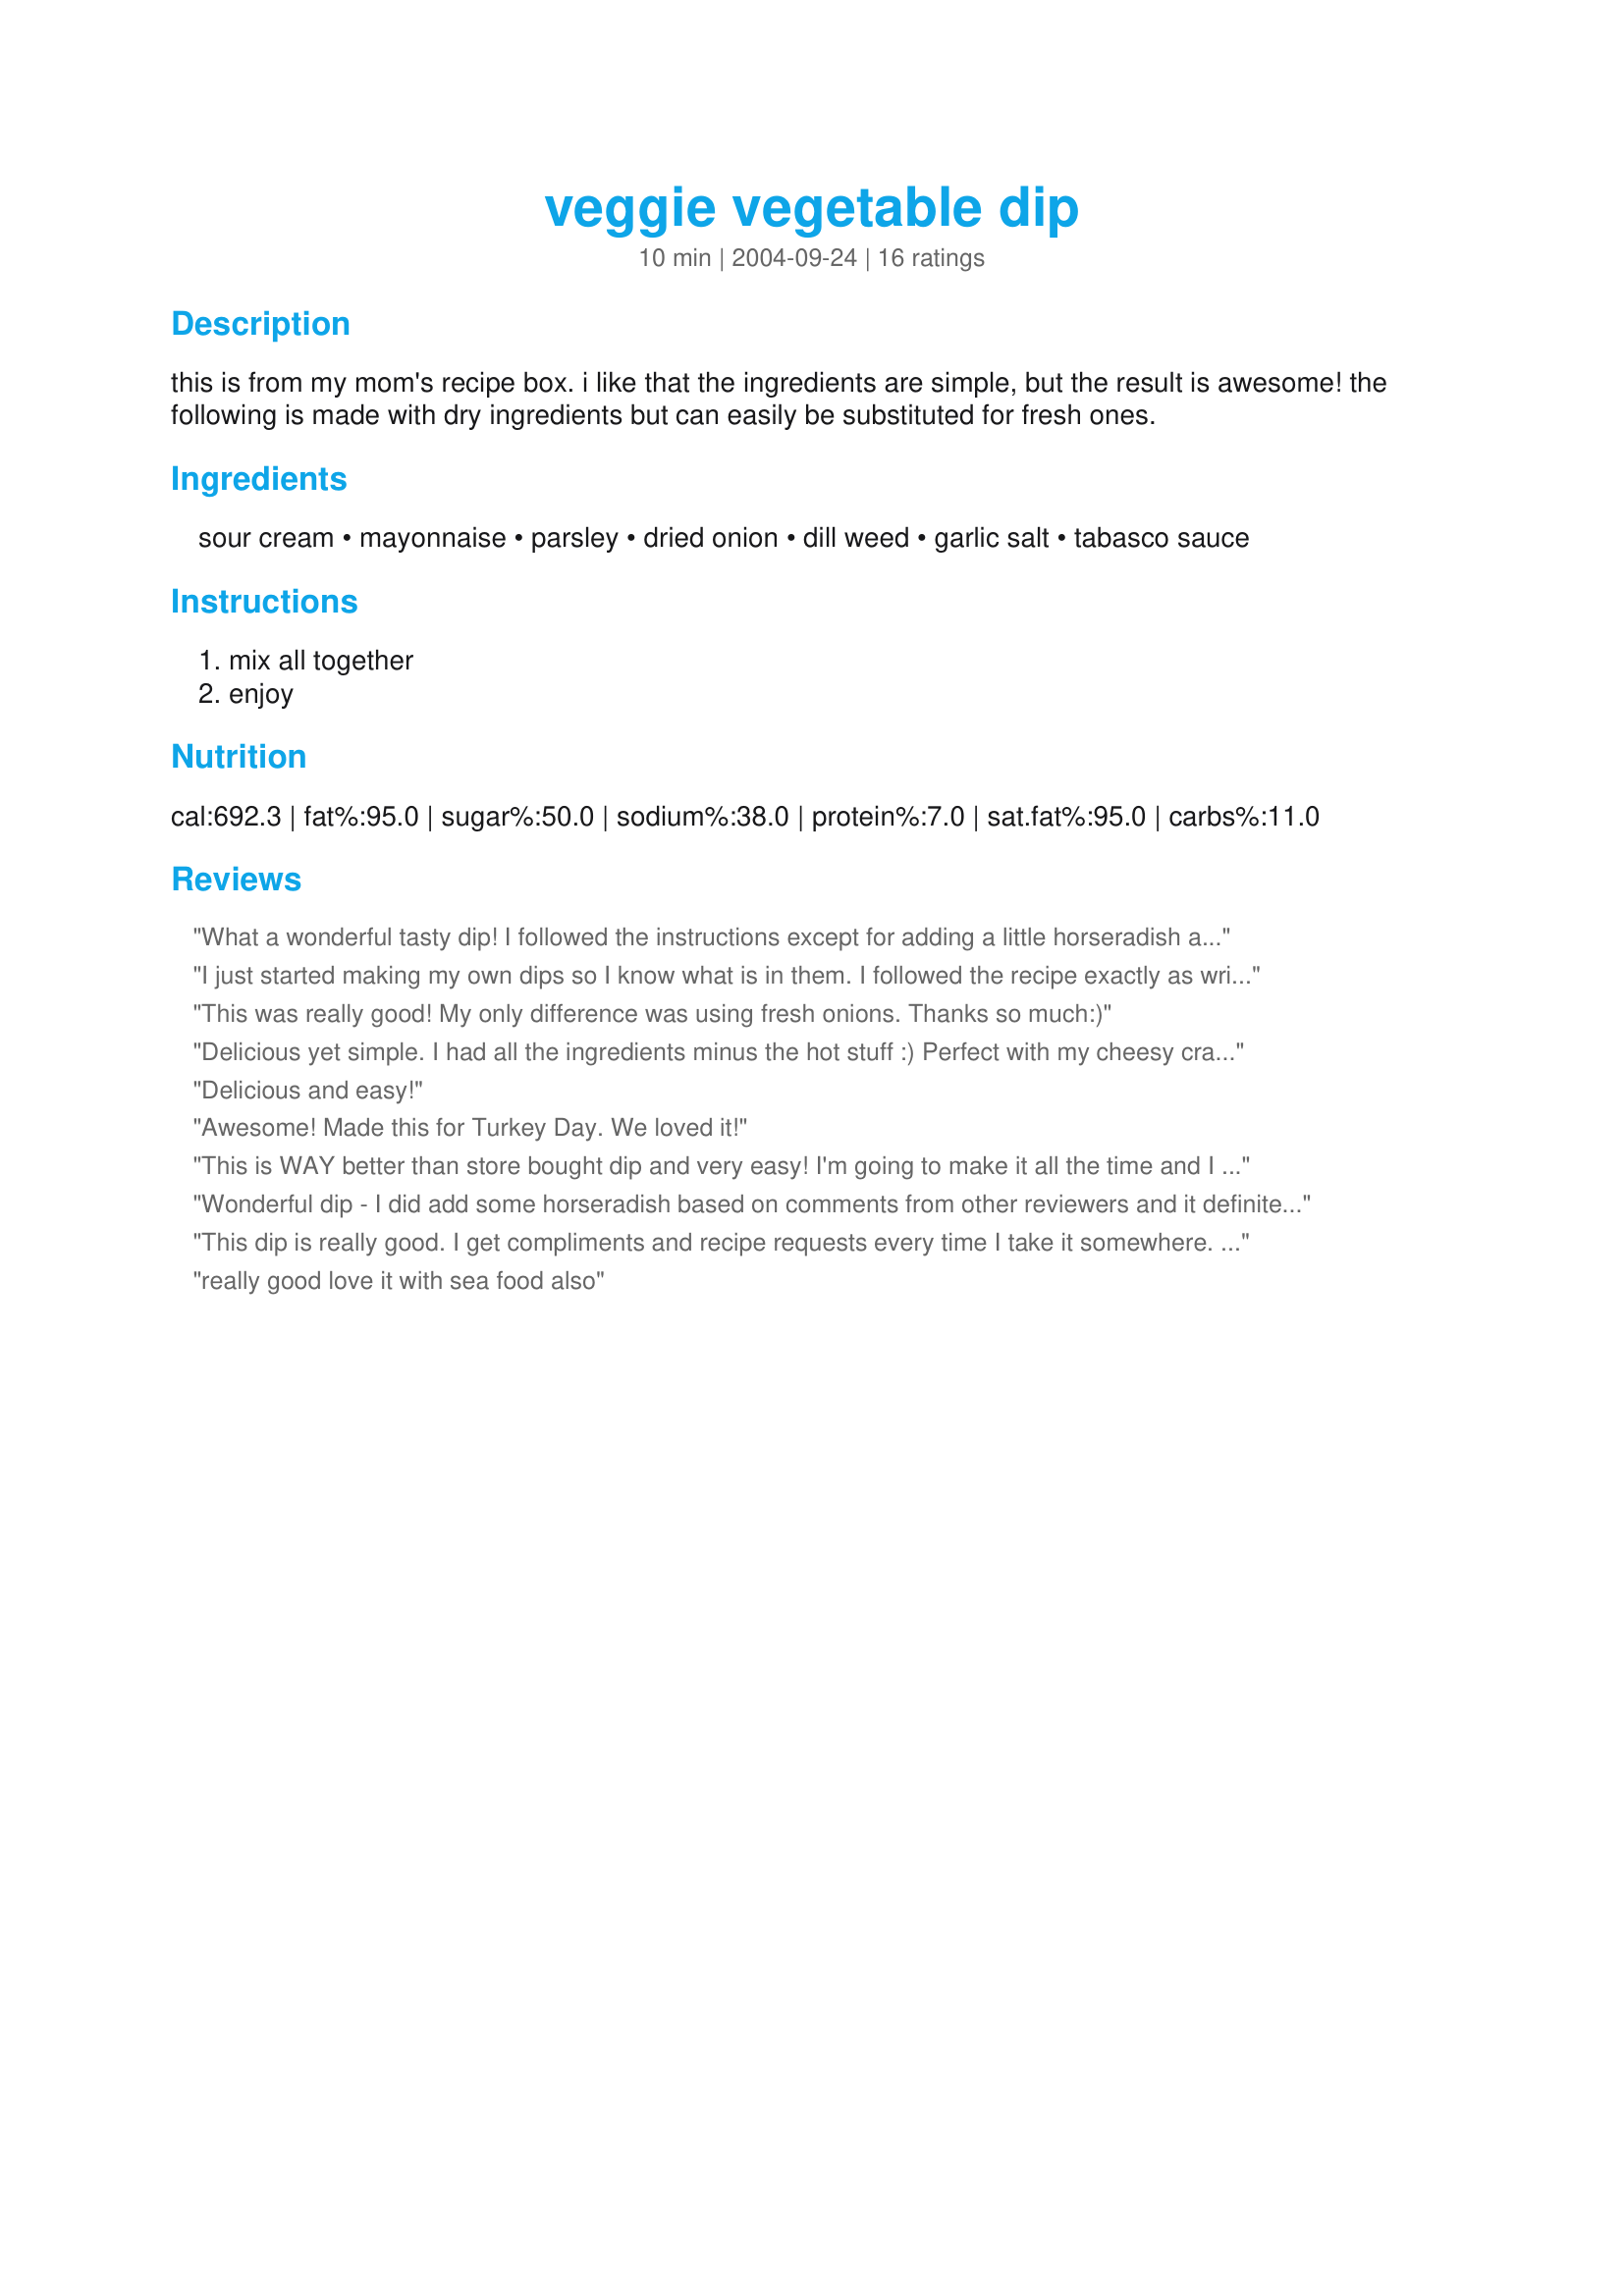
veggie vegetable dip
Preparation time: 10 minutes

this is from my mom's recipe box. i like that the ingredients are simple, but the result is awesome! the following is made with dry ingredients but can easily be substituted for fresh ones.

Ingredients:
sour cream, mayonnaise, parsley, dried onion, dill weed, garlic salt, tabasco sauce

Steps:
mix all together, enjoy

Reviews:
What a wonderful tasty dip! I followed the instructions except for adding a little horseradish as a previous reviewer did....yummy! Next time I think I will try it with fresh onions but this is delicious as is. Made for Zaar Chef Alphabet Soup tag game.
I just started making my own dips so I know what is in them. I followed the recipe exactly as written using regular mayo and fat free sour cream. This was good and real easy to make. The longer it sat the better it tasted.
This was really good! My only difference was using fresh onions. Thanks so much:)
Delicious yet simple. I had all the ingredients minus the hot stuff :)
Perfect with my cheesy crackers as I surf the 'net...
Delicious and easy!
Awesome! Made this for Turkey Day. We loved it!
This is WAY better than store bought dip and very easy! I'm going to make it all the time and I used light mayo and light sour cream and it turned out fab-u-lous!
Wonderful dip - I did add some horseradish based on comments from other reviewers and it definitely added a nice element to the flavor. Thank-you!
This dip is really good. I get compliments and recipe requests every time I take it somewhere. Thank you for posting it!
really good love it with sea food also
Very reasonable dip. I made it with all fat free ingredients. The end product lacked the zip I was looking for but was a solid choice for a basic veggie dip.
This was very good . . . I made it with lowfat mayo and fat free sour cream, and added about a tablespoon of prepared horseradish. Served with veggies and pita chips. Every bit was eaten!
I’ve made this dill dip several times now and it’s always a huge it! My kids all love it and will ever eat more veggies as a result!
This is really tasty with veggies or chips and couldn't be much easier! I used fresh parsley, garlic powder (not salt), and a few extra dashes of Tobasco. Also used light sour cream and light mayo. Thanks for sharing!
Great dip....since I like my dip with a pretty good zip, I added just a dab of horseradish....it doesn't change the taste, just adds a little WHAM!!! Thanks for the great dip....I love it because I usually have all of these ingredients right in the fridge and pantry.
I made this for my Christmas party and it was delicious! I made as posted using a tad more Tabasco than called for extra spice. I made it the day before to let all the flavors blend and served it with all kinds of fresh veggies. Thank you for posting this recipe ~ I know I'll use it lots!
